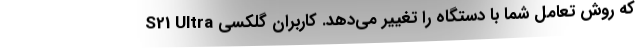
که روش تعامل شما با دستگاه را تغییر می‌دهد. کاربران گلکسی S21 Ultra